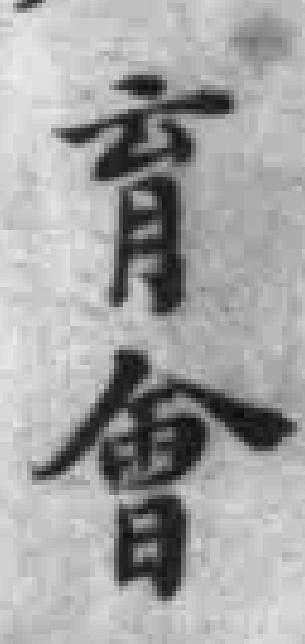
育會